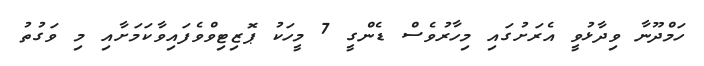
ހަމްދޫނާ ވިދާޅުވީ އެރަށުގައި މިހާރުވެސް ޑެންގީ 7 މީހަކު ޕޮޒިޓިވްވެފައިވާކަމަށާއި މި ވަގުތު